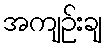
အကျဉ်းချ